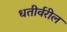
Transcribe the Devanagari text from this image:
धतीर्वरील